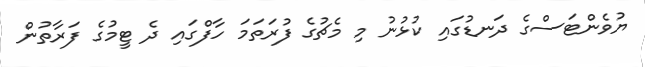
ޔުވެންޓަސްގެ ދަނޑުގައި ކުޅުނު މި މެޗުގެ ފުރަތަމަ ހާފްގައި ދެ ޓީމުގެ ފަރާތުން